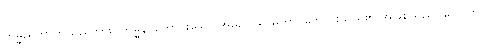
ကမ္မညတာဟူသည်ကား။ ကမ္မနိ၊ ကောင်းသော အမူ၌။ သာဓုတာ၊ ကောင်းသည်၏ အဖြစ်သည်။ ဟောတိ၊